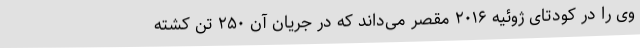
وی را در کودتای ژوئیه ۲۰۱۶ مقصر می‌داند که در جریان آن ۲۵۰ تن کشته